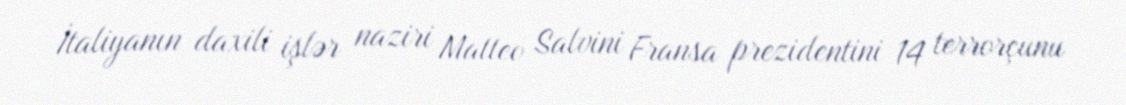
İtaliyanın daxili işlər naziri Matteo Salvini Fransa prezidentini 14 terrorçunu